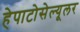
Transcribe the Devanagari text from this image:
हेपाटोसेल्यूलर